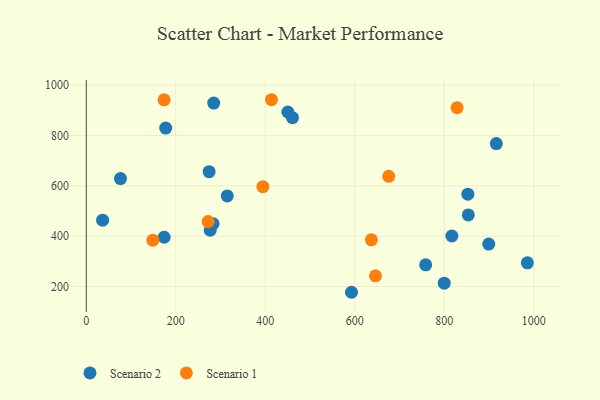
{"axis": {"x": "Investment", "y": "Salary"}, "legend": ["Scenario 1", "Scenario 2"], "data": [{"x": "284.8", "y": 928.7, "type": "Scenario 2"}, {"x": "450.4", "y": 893.1, "type": "Scenario 2"}, {"x": "460.8", "y": 870.5, "type": "Scenario 2"}, {"x": "283.3", "y": 449.5, "type": "Scenario 2"}, {"x": "592.7", "y": 177.2, "type": "Scenario 2"}, {"x": "985.8", "y": 294.1, "type": "Scenario 2"}, {"x": "274.5", "y": 656.3, "type": "Scenario 2"}, {"x": "758.5", "y": 286.3, "type": "Scenario 2"}, {"x": "76.4", "y": 628.7, "type": "Scenario 2"}, {"x": "916.4", "y": 767.9, "type": "Scenario 2"}, {"x": "817.1", "y": 400.7, "type": "Scenario 2"}, {"x": "800.0", "y": 213.3, "type": "Scenario 2"}, {"x": "174.0", "y": 395.7, "type": "Scenario 2"}, {"x": "177.5", "y": 829.2, "type": "Scenario 2"}, {"x": "36.5", "y": 463.7, "type": "Scenario 2"}, {"x": "853.8", "y": 484.4, "type": "Scenario 2"}, {"x": "899.5", "y": 368.5, "type": "Scenario 2"}, {"x": "276.9", "y": 423.6, "type": "Scenario 2"}, {"x": "852.8", "y": 566.6, "type": "Scenario 2"}, {"x": "315.0", "y": 560.0, "type": "Scenario 2"}, {"x": "173.9", "y": 941.4, "type": "Scenario 1"}, {"x": "637.2", "y": 385.5, "type": "Scenario 1"}, {"x": "828.7", "y": 910.3, "type": "Scenario 1"}, {"x": "675.9", "y": 637.7, "type": "Scenario 1"}, {"x": "148.8", "y": 384.2, "type": "Scenario 1"}, {"x": "413.9", "y": 941.9, "type": "Scenario 1"}, {"x": "646.3", "y": 242.7, "type": "Scenario 1"}, {"x": "394.6", "y": 596.7, "type": "Scenario 1"}, {"x": "272.2", "y": 457.9, "type": "Scenario 1"}]}